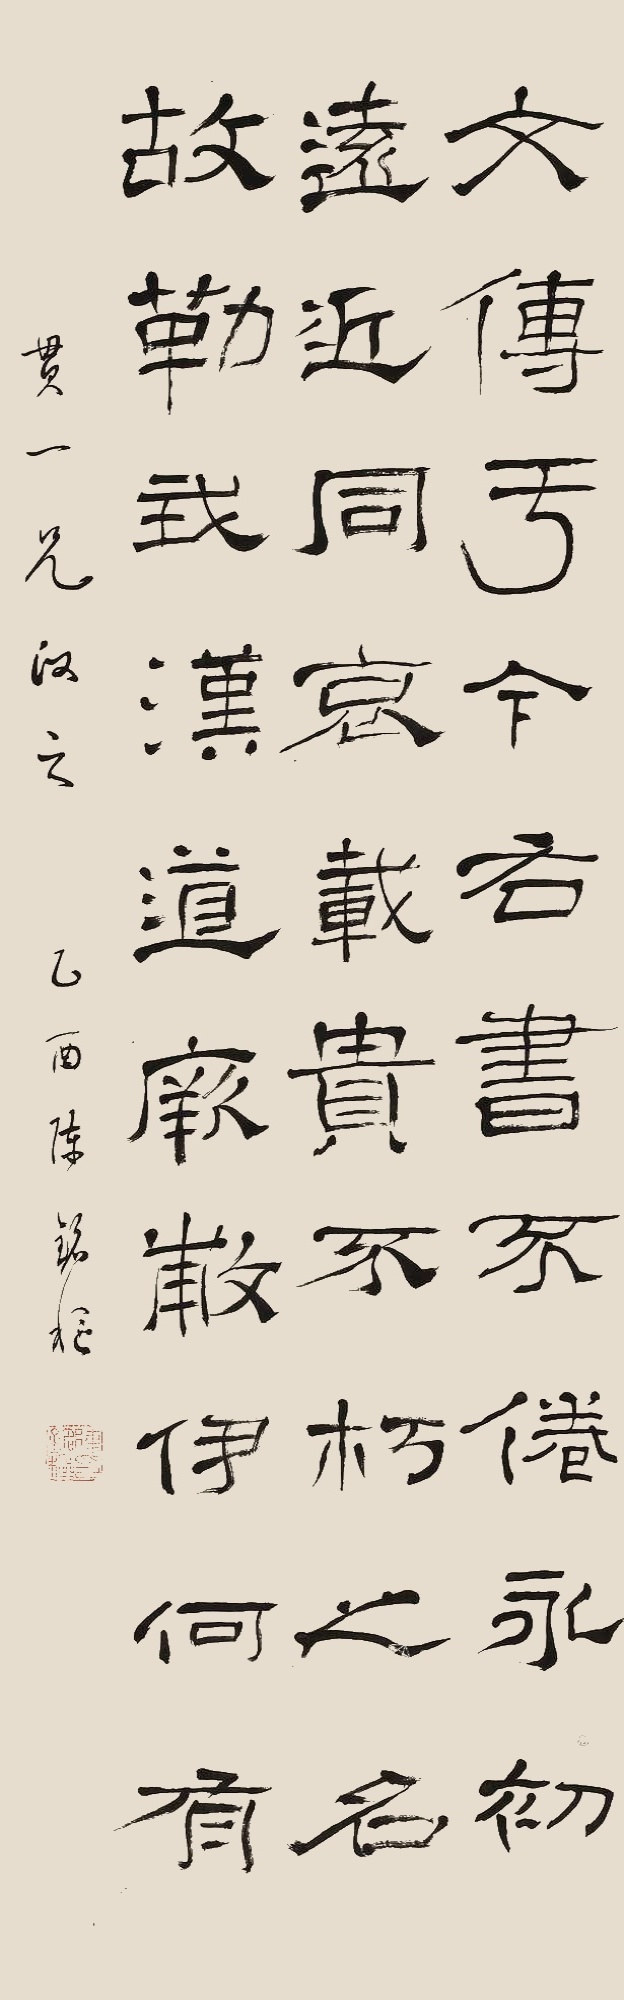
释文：文传于今右书不倦永初远近同哀载贵不朽之名故勒哉汉道厥敷伊何有。贯一兄政之，乙酉陈铭枢。